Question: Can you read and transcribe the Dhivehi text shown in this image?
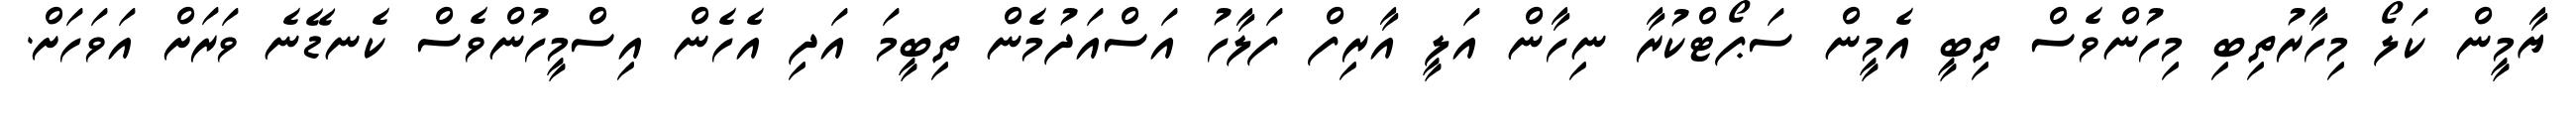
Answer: ޔާމީން ކަލޯ މިހާރުތިބި މިހުންވެސް ތިބީ އެމީން ސަޕޯޓްކުރާ ނިހާން އަލީ އާރިފް ފަލާހު އަސްއަދުމެން ތިބީމަ އަދި އެހެން އިސްމީހުންވެސް ކެނޑޭނެ ވަރަށް އަވަހަށް.